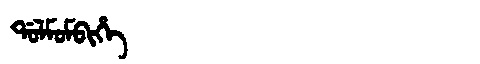
Manchu: ᡩᠣᠯᠮᠣᠮᠪᡳᡥᡝ
Romanization: DOLMOMBIHE